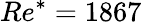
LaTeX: Re^{*}=1867